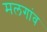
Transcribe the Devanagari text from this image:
मलगांव